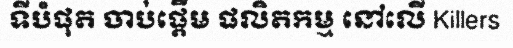
ទីបំផុត ចាប់ផ្តើម ផលិតកម្ម នៅលើ Killers